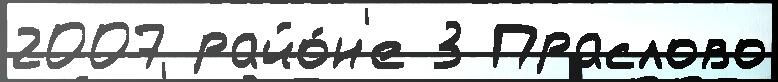
2007 райо́н'е 3 Праслово